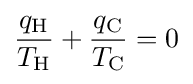
{\frac {q_{\text{H}}}{T_{\text{H}}}}+{\frac {q_{\text{C}}}{T_{\text{C}}}}=0